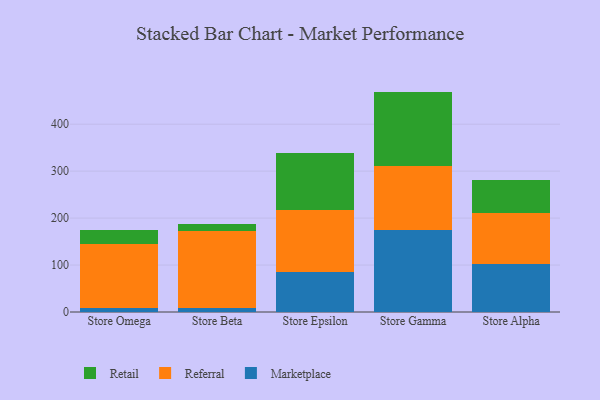
{"axis": {"x": "Store", "y": "Net Income (USD K)"}, "legend": ["Marketplace", "Referral", "Retail"], "data": [{"x": "Store Omega", "y": 8.9, "type": "Marketplace"}, {"x": "Store Omega", "y": 136.0, "type": "Referral"}, {"x": "Store Omega", "y": 30.6, "type": "Retail"}, {"x": "Store Beta", "y": 8.6, "type": "Marketplace"}, {"x": "Store Beta", "y": 162.9, "type": "Referral"}, {"x": "Store Beta", "y": 16.7, "type": "Retail"}, {"x": "Store Epsilon", "y": 85.5, "type": "Marketplace"}, {"x": "Store Epsilon", "y": 131.9, "type": "Referral"}, {"x": "Store Epsilon", "y": 122.3, "type": "Retail"}, {"x": "Store Gamma", "y": 175.2, "type": "Marketplace"}, {"x": "Store Gamma", "y": 135.5, "type": "Referral"}, {"x": "Store Gamma", "y": 158.7, "type": "Retail"}, {"x": "Store Alpha", "y": 101.3, "type": "Marketplace"}, {"x": "Store Alpha", "y": 108.5, "type": "Referral"}, {"x": "Store Alpha", "y": 71.3, "type": "Retail"}]}